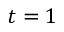
t = 1